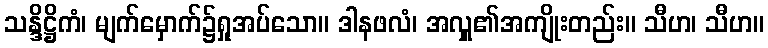
သန္ဒိဋ္ဌိကံ၊ မျက်မှောက်၌ရှုအပ်သော။ ဒါနဖလံ၊ အလှူ၏အကျိုးတည်း။ သီဟ၊ သီဟ။